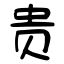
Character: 贵